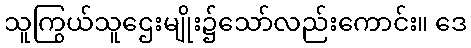
သူကြွယ်သူဌေးမျိုး၌သော်လည်းကောင်း။ ဒေ